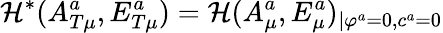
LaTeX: {\cal H}^{*}(A_{T\mu}^{a},E_{T\mu}^{a})={\cal H}(A_{\mu}^{a},E_{\mu}^{a})_{\mid\varphi^{a}=0,c^{a}=0}